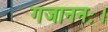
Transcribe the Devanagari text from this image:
गजाननः।